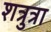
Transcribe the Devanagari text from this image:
शत्रुत्रा